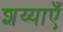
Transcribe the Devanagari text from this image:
शय्याएँ